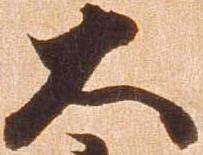
大